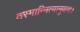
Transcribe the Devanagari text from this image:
तस्मान्नित्यानुवादः।